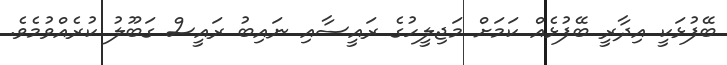
ބޭފުޅަކީ އިދާރީ ބޭފުޅެއް ކަމަށް މަޖިލީހުގެ ރައީސާއި ނައިބު ރައީސް ގަބޫލު ކުރެއްވުމެވެ.